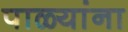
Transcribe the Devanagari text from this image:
पाळ्यांना